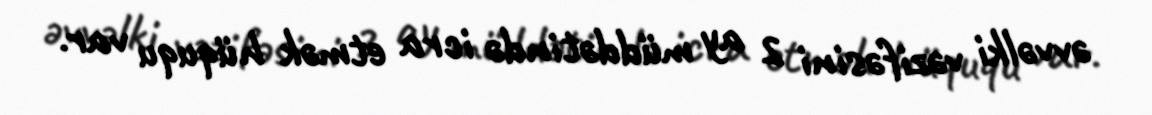
əvvəlki vəzifəsini 2 ay müddətində icra etmək hüququ var.